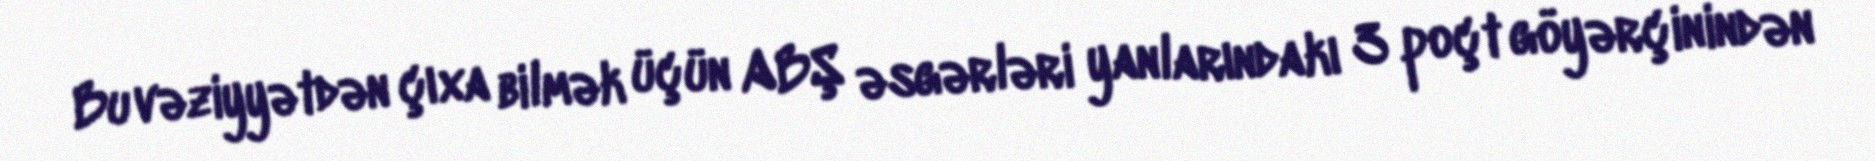
Bu vəziyyətdən çıxa bilmək üçün ABŞ əsgərləri yanlarındakı 3 poçt göyərçinindən